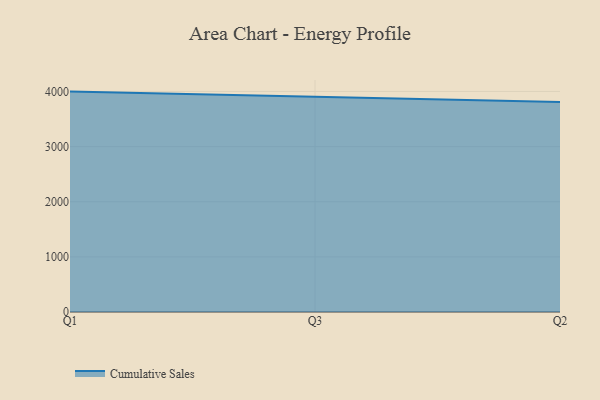
{"axis": {"x": "Quarter", "y": "Active Users"}, "legend": ["Cumulative Sales"], "data": [{"x": "Q1", "y": 3997.7, "type": "Cumulative Sales"}, {"x": "Q3", "y": 3902.1, "type": "Cumulative Sales"}, {"x": "Q2", "y": 3809.8, "type": "Cumulative Sales"}]}